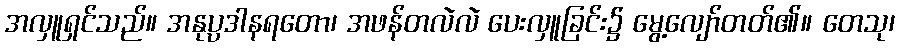
အလှူရှင်သည်။ အနုပ္ပဒါနရတော၊ အဖန်တလဲလဲ ပေးလှူခြင်း၌ မွေ့လျော်တတ်၏။ တေသု၊